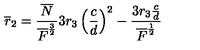
\overline { { r } } _ { 2 } = \frac { \overline { { N } } } { \overline { { F } } ^ { \frac { 3 } { 2 } } } 3 r _ { 3 } \left( \frac { c } { d } \right) ^ { 2 } - \frac { 3 r _ { 3 } \frac { c } { d } } { \overline { { F } } ^ { \frac { 1 } { 2 } } }